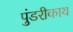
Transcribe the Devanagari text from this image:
पुंडरीकाय